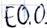
Text: E0.0